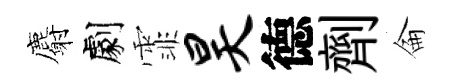
麝劇霏昊德劑侖